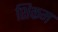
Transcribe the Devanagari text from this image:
शिकम